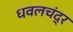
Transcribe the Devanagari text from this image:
धवलचंद्र